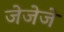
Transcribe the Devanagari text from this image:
जेजेजे